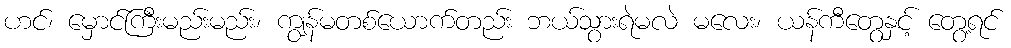
ဟင်၊ မှောင်ကြီးမည်းမည်း၊ ကျွန်မတစ်ယောက်တည်း ဘယ်သွားရဲမလဲ မလေး၊ ယန်ကီတွေနှင့် တွေ့ရင်